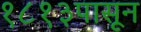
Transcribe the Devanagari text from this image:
१८१३पासून